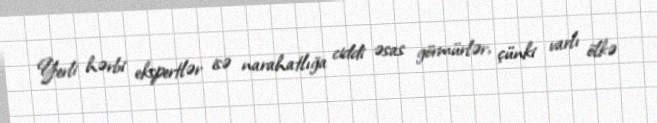
Yerli hərbi ekspertlər isə narahatlığa ciddi əsas görmürlər, çünki varlı ölkə